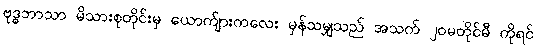
ဗုဒ္ဓဘာသာ မိသားစုတိုင်းမှ ယောက်ျားကလေး မှန်သမျှသည် အသက် ၂၀မတိုင်မီ ကိုရင်